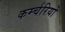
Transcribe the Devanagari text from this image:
कर्म्चरियों